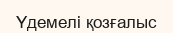
Үдемелі қозғалыс